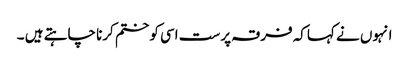
انہوں نے کہاکہ فرقہ پرست اسی کو ختم کرنا چاہتے ہیں ۔